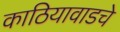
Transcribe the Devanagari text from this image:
काठियावाडचे